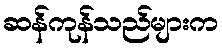
ဆန်ကုန်သည်များက